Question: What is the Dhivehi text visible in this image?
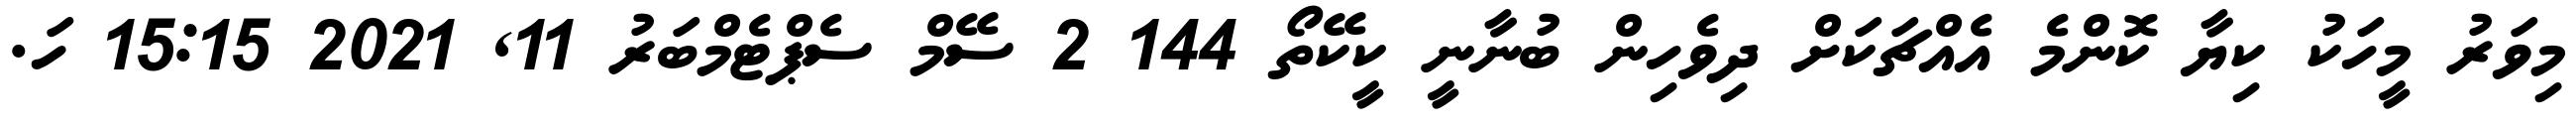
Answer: މިވަރު މީހަކު ކިޔާ ކޮންމެ އެއްޗަކަށް ދިވެހިން ބުނާނީ ކީކޭތޯ 144 2 ސޭމް ސެޕްޓެމްބަރު 11, 2021 15:15 ހަ.